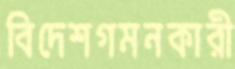
বিদেশগমনকারী